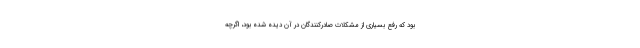
بود که رفع بسیاری از مشکلات صادرکنندگان در آن دیده شده بود، اگرچه